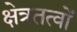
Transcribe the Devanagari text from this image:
क्षेत्रतत्वों